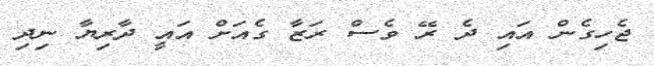
ޖެހިގެން އައި ދެ ރޭ ވެސް ރަޒާ ގެއަށް އައީ ދާރިޔާ ނިދި